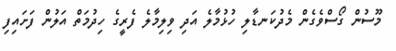
މޫސުން ގޯސްވެގެން މެދުކަނޑާލި ހުޅުމާލެ އަދި ވިލިމާލެ ފެރީގެ ހިދުމަތް އަލުން ފަށައިފި